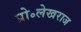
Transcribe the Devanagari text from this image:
प्रो॰लेखराज